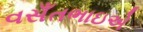
વસઁતભાઇએ